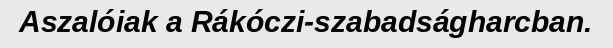
Aszalóiak a Rákóczi-szabadságharcban.